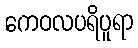
ကေဝလပရိပူရာ